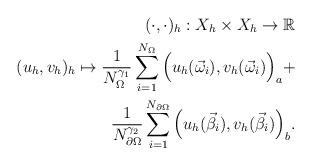
LaTeX: \begin{align*}(\cdot,\cdot)_h: X_h\times X_h\to \mathbb{R}\\(u_h,v_h)_h\mapsto \frac{1}{N_{\Omega}^{\gamma_1}}\sum_{i=1}^{N_\Omega} \Big(u_h({\vec{\omega}_i}),v_h({\vec{\omega}_i})\Big)_a+\\ \frac{1}{N_{\partial\Omega}^{\gamma_2}}\sum_{i=1}^{N_{\partial\Omega}} \Big(u_h({\vec{\beta}_i}),v_h({\vec{\beta}_i})\Big)_b.\end{align*}